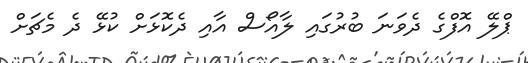
ޕްލޭ އޮފްގެ ދެވަނަ ބުރުގައި ލާއޯސް އާއި ދެކޮޅަށް ކުޅޭ ދެ މެޗަށް